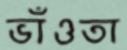
ভাঁওতা